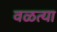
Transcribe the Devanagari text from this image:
वळत्या